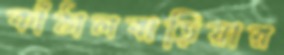
কাঁঠালবাড়িয়ার